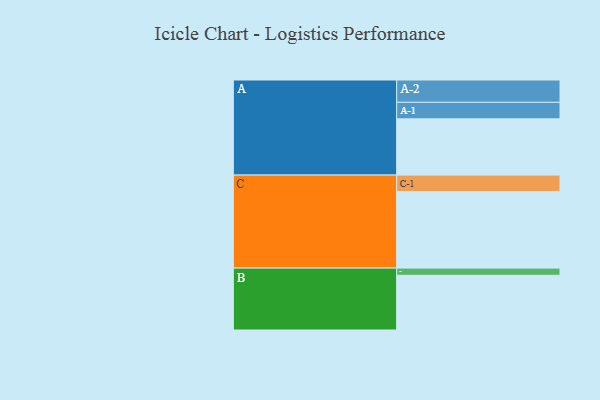
{"axis": {"x": "Segment", "y": "Value"}, "legend": ["", "A", "B", "C"], "data": [{"x": "A", "y": 408, "type": ""}, {"x": "B", "y": 397, "type": ""}, {"x": "C", "y": 555, "type": ""}, {"x": "A-1", "y": 120, "type": "A"}, {"x": "A-2", "y": 162, "type": "A"}, {"x": "B-1", "y": 52, "type": "B"}, {"x": "C-1", "y": 120, "type": "C"}]}